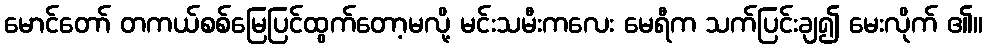
မောင်တော် တကယ်စစ်မြေပြင်ထွက်တော့မလို့ မင်းသမီးကလေး မေရီက သက်ပြင်းချ၍ မေးလိုက် ၏။